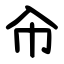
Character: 㠳